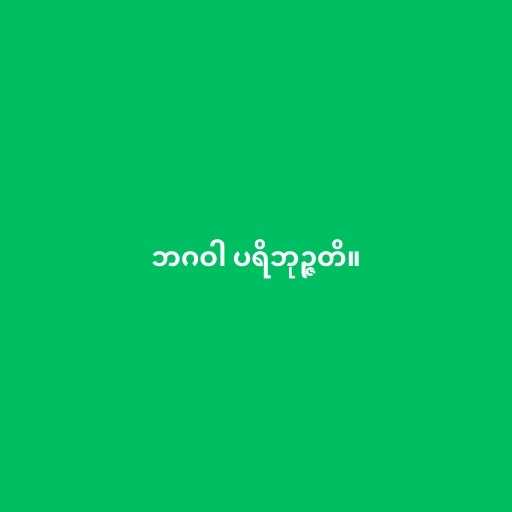
ဘဂဝါ ပရိဘုဉ္ဇတိ။